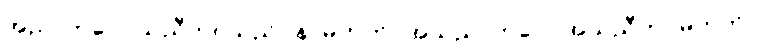
အညာဘဝေါ၊ သညီဘဝသည်။ န၊ မဟုတ်။ အသညာဘဝေါ၊ အသညီဘဝမဟုတ်။